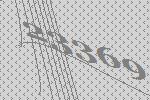
23369